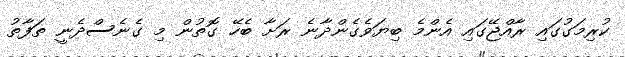
ކުރިމަގުގައި ރާއްޖޭގައި އެންމެ ބިޔަވެގެންދާނެ ރަށާ ބެހޭ ގޮތުން މި ގެނެސްދެނީ ތަފާތު